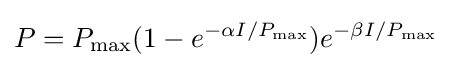
P=P_{\max }(1-e^{-\alpha I/P_{\max }})e^{-\beta I/P_{\max }}